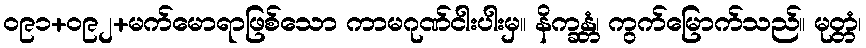
ဝ၉၁+ဝ၉၂+မက်မောရာဖြစ်သော ကာမဂုဏ်ငါးပါးမှ။ နိက္ခန္တံ၊ ကွက်မြောက်သည်။ မုတ္တံ၊